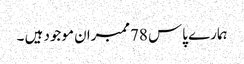
ہمارے پاس 78ممبران موجود ہیں ۔